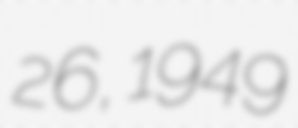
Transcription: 26, 1949